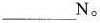
___N。